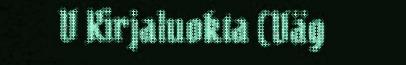
V Kirjaluokta (Väg